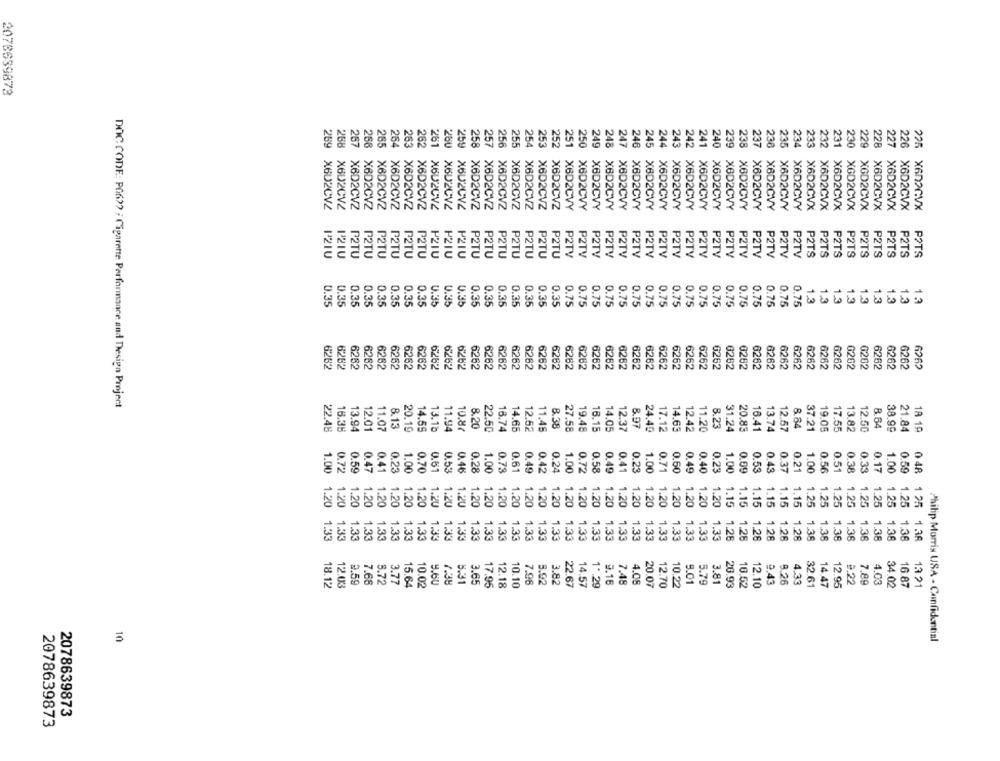
2078639873
267
265
264
263
262
261
260
259
258
256
255
254
249
248
247
244
241
240
239
238
237
238
233
232
230
229
228
227
226
269
258
257
251
246
235
X602CVZ
X602CVZ
X6D2CVZ
X6D2CV2
X6D2CVZ
X6D2CV2
X6D2CV2
XBU2CV4
XBU2CV2
XBUZUV2
X6D2CVZ
X6D2CVZ
X6D2CVZ
X6D2CVZ
X6D2CVZ
X6D2CVZ
X6D2CVZ
X8D2CVY
X6D2CVY
X8D2CVY
X6D2CVY
X6D2CVY
X6D2CVY
X6D2CVY
X6D2CVY
X6D2CVY
X6D2CVY
X6D2CVY
X6D2CVY
X6D2CVY
X6D2CVY
X6D2CVY
X6D2CVX
X6D2CVX
X6D2CVX
XGD2CVX
X6D2CVX
X6D2CVX
X602CVX
X6D2CVZ
XBD2CVY
X6D2CVY
X6D2CVY
XGD2CVX
X6D2CVX
P2TU
P2TU
P2TU
P2TU
P2TU
P2TU
P2IU
P2IU
P2IU
P2TU
P2TU
P2TU
P2TU
P2TU
P2TU
P2TU
P2TV
P2TV
P2TV
P2TV
P2TV
P2TV
P2TV
P2TV
P2TV
P2TV
P2TV
P2TV
P2TV
P2TV
P2TV
P2TV
P2TV
P2TV
P2TS
P2TS
P2TS
P2TS
P2TS
P2TS
P2TS
P2TS
POTS
13
1.3
1.3
1.3
0.35
0.35
0.35
0.35
0.35
0.35
0.35
0.35
0.35
0.35
0.35
0.35
0.35
0.35
0.35
0.35
0.75
0.75
0.75
0.75
0.75
0.75
0.75
0.75
0.75
0.75
0.75
0.75
0.75
0.75
0.75
0.75
0.75
0.75
1.3
1.3
1.3
13
2.97.9
6262
6282
6262
6262
3262
6262
6262
6262
6282
6262
6262
6262
6262
6282
6282
6262
6262
6262
6262
6262
6262
6262
6262
6262
6262
0262
0262
3262
8262
6262
6262
3262
6262
6262
0262
G202
6262
6262
6262
6262
6262
6262
6262
6262
PR'OL
DOC. CODE: PG6>> ; Cigarette Performance and Design Project
16.35
12.01
11.07
8.20
22.50
14.68
8.97
14.6
8.23
22.48
13.94
14.59
13.1b
11.94
16.74
12.52
11.45
19.48
16.15
14.05
12.37
24.40
17.12
12.42
11.20
31.24
20.83
16.41
13.74
19.05
17.55
18 19
0
0.6
0.5
0.72
0.59
0.47
0.41
0.23
1.00
0.70
0.53
0.46
0.28
1.00
0.73
0.61
0.49
0.42
0.24
1.00
0.72
0.41
0.23
1.00
0.71
0.60
0.49
0.40
0.25
1.00
0.43
1.00
0.51
0.17
1.00
-
-
1.20
1.20
1.20
1.20
1.20
1.20
1.20
1.20
0.33 1.25
1.20
1.20
1.20
1.20
1.20
1.20
1.20
1.20
1.20
1.20
1.20
1.20
1.20
1.20
1.20
1.20
1.20
1.20
1.20
1.20
1.20
1.15
1.15
1.15
1.25
1.25
048 1 25
1.33
1.33
1.33
1.33
1.33
1.33
1.33
1.33
1.33
1.33
1.33
1.33
1.33
1.33
1.33
1.33
1.33
1.33
1.33
1.33
1.33
1.33
1.33
1.33
1.33
1.33
1.33
1.33
1.20 1.33
1.26
1.15 1,26
1.28
1.36
1.25 1.38
3.77
4.60
5.31
3.65
7.96
4.08
9.01
5.79
3.8
2.59
7.68
5.72
17.95
12.18
10.10
5.92
14.57
1 *. 29
3.16
7.48
20.07
12.70
4.33
32.61
12.95
9.22
10
Philip Morris USA - Confidential
2078639873
2078639873